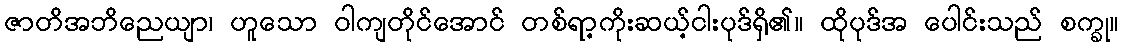
ဇာတိအဘိညေယျာ၊ ဟူသော ဝါကျတိုင်အောင် တစ်ရာ့ကိုးဆယ့်ငါးပုဒ်ရှိ၏။ ထိုပုဒ်အ ပေါင်းသည် စက္ခု။